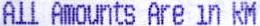
ALL AMOUNTS ARE IN RM